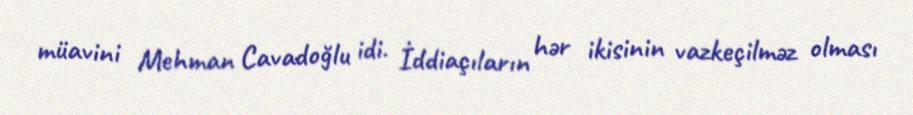
müavini Mehman Cavadoğlu idi. İddiaçıların hər ikisinin vazkeçilməz olması